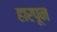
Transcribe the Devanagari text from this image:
हारपून